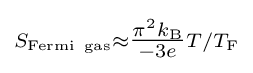
\scriptstyle S_{\rm {Fermi~gas}}\approx {\tfrac {\pi ^{2}k_{\rm {B}}}{-3e}}T/T_{\rm {F}}